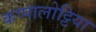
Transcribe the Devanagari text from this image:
कप्पालोट्टिया